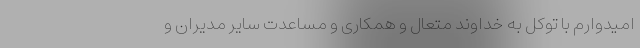
امیدوارم با توکل به خداوند متعال و همکاری و مساعدت سایر مدیران و